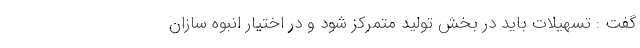
گفت : تسهیلات باید در بخش تولید متمرکز شود و در اختیار انبوه سازان